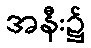
အနီး၌